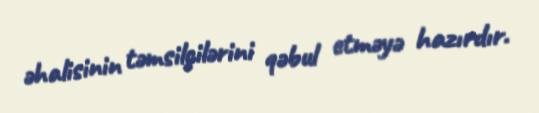
əhalisinin təmsilçilərini qəbul etməyə hazırdır.